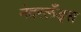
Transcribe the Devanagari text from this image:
नेदरलँड्‌स